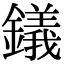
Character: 𫓔